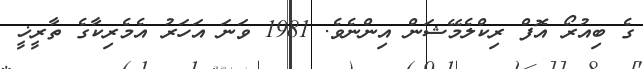
ގެ ބިއުރޯ އޮފް ރިކްލެމޭޝަން އިންނެވެ. 1981 ވަނަ އަހަރު އެމެރިކާގެ ތާރީޚީ